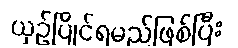
ယှဉ်ပြိုင်ရမည်ဖြစ်ပြီး